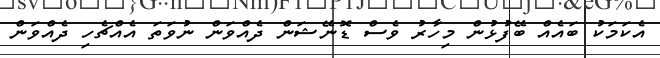
އެކަމަކު ބައެއް ބޭފުޅުން މިހާރު ވެސް ޑޮނޭޝަން ދެއްވަން ނުވަތަ އެއްޗެހި ދެއްވަން